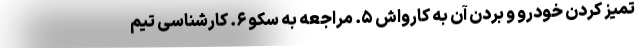
تمیز کردن خودرو و بردن آن به کارواش ۵. مراجعه به سکو ۶. کارشناسی تیم